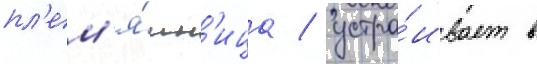
пл'ем'я́нн'ица / устра́ивает в